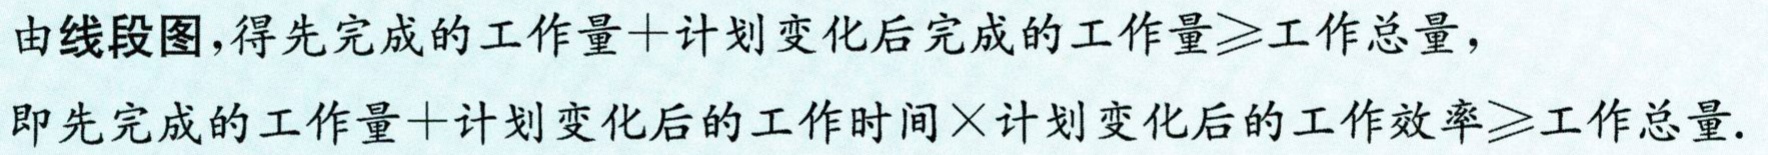
由线段图,得先完成的工作量+计划变化后完成的工作量$\geqslant$工作总量，

即先完成的工作量+计划变化后的工作时间$\times$计划变化后的工作效率$\geqslant$工作总量.